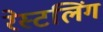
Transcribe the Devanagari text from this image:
रेस्टलिंग